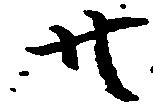
共